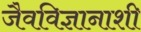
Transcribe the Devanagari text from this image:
जैवविज्ञानाशी